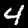
Label: 4